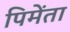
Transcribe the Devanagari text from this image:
पिमेंता